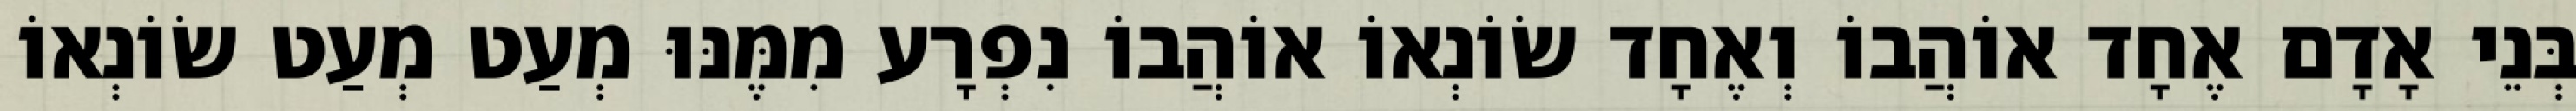
בְּנֵי אָדָם אֶחָד אוֹהֲבוֹ וְאֶחָד שׂוֹנְאוֹ אוֹהֲבוֹ נִפְרָע מִמֶּנּוּ מְעַט מְעַט שׂוֹנְאוֹ